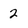
Character: 2